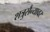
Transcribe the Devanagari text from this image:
शत्रुसैन्यावर